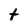
Character: t